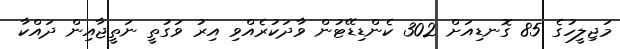
މަޖިލީހުގެ 85 ގޮނޑިއަށް 302 ކެންޑިޑޭޓުން ވާދަކުރެއްވި އިރު ވަގުތީ ނަތީޖާއިން ދައްކާ